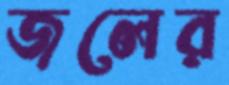
জলের